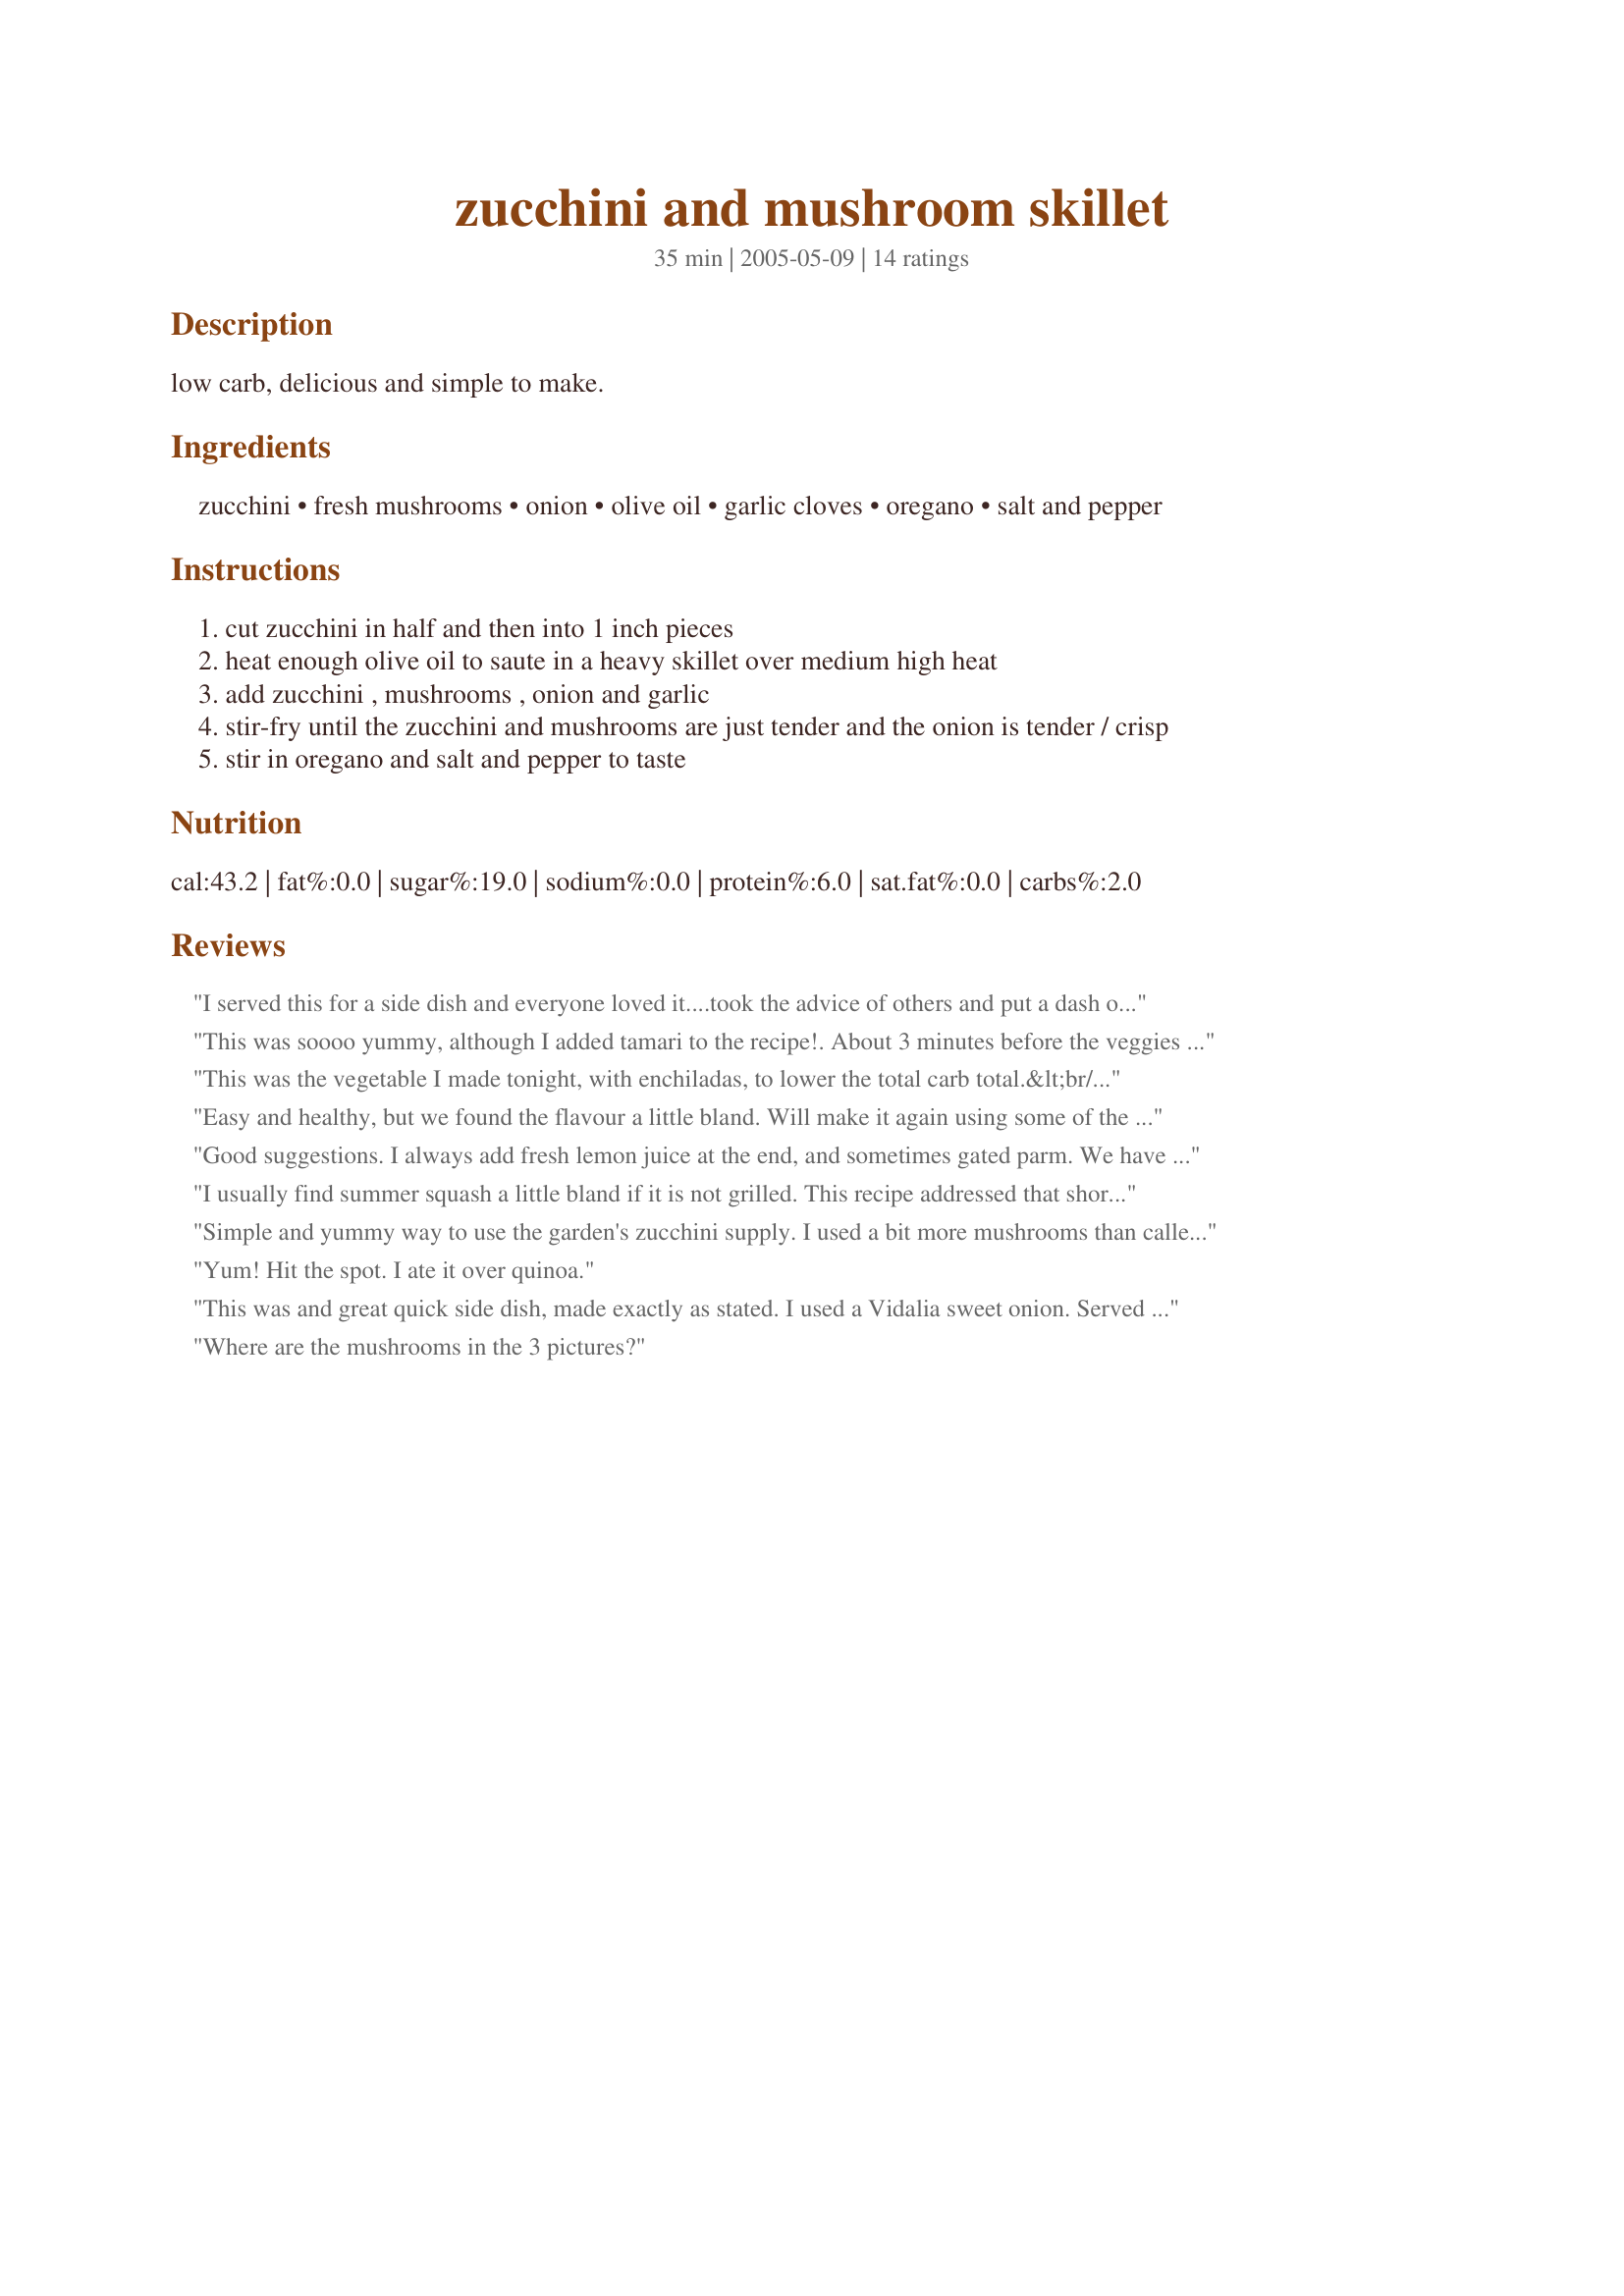
zucchini and mushroom skillet
Preparation time: 35 minutes

low carb, delicious and simple to make.

Ingredients:
zucchini, fresh mushrooms, onion, olive oil, garlic cloves, oregano, salt and pepper

Steps:
cut zucchini in half and then into 1 inch pieces
heat enough olive oil to saute in a heavy skillet over medium high heat
add zucchini , mushrooms , onion and garlic
stir-fry until the zucchini and mushrooms are just tender and the onion is tender / crisp
stir in oregano and salt and pepper to taste

Reviews:
I served this for a side dish and everyone loved it....took the advice of others and put a dash of red pepper flakes. Will make this again real soon.
This was soooo yummy, although I added tamari to the recipe!. About 3 minutes before the veggies were done I added tamari to the stir fry. This added such a great flavor to the dish and amplified the fantastic taste of the onions and mushrooms. After plating the veggies, I sprinkled on some sesame seeds as well.
This was the vegetable I made tonight, with enchiladas, to lower the total carb total.&lt;br/&gt;Both were a hit. Fresh and simple really works.
Easy and healthy, but we found the flavour a little bland. Will make it again using some of the suggested additions and post a rating. As is, we'd give it a 3.
Good suggestions. I always add fresh lemon juice at the end, and sometimes gated parm. We have this very often when the zuccs come on. Luckily, my husband never tires of it.
I usually find summer squash a little bland if it is not grilled. This recipe addressed that shortcoming. My wife and I can't wait to serve it again.
Simple and yummy way to use the garden's zucchini supply. I used a bit more mushrooms than called for just because I needed to use them. I'd love to make this again with a mix of zucchini and yellow summer squash. Thanx for a great summer side dish!
Yum! Hit the spot. I ate it over quinoa.
This was and great quick side dish, made exactly as stated. I used a Vidalia sweet onion. Served with a sliced chicken breast and the combo was perfect.
Where are the mushrooms in the 3 pictures?
I make this a lot as a side dish when zucchini is plentiful in the garden. I always use sweet onions, and sometimes add a wedged tomato during the last few minutes of cooking for added flavor.
LOVED this! I did cook it longer until the vegs started to carmelize a little, then I added the oregano and salt along with a generous "dash" or three of red pepper flakes. FANTASTIC!! This will be served over and over again in this house. Thanks for the terrific recipe riff.
i decided to make this because i had leftover mushrooms and zucchinni from another recipe. it was great! I added some chicken broth at the end but other than that i followed the recipe. I also might serve it with some seasoned breadcrumbs on top but it really could be served as is. thanks riffraff, see you in CC!
This was very good, I liked the texture combination of the large chunks of zuch and mushrooms with the sliced onions- I used a walla-walla sweet. Adding the oregano at the end is nice, the smell just pops out and your herbs compliment the dish, not overtake it. Will make again.
